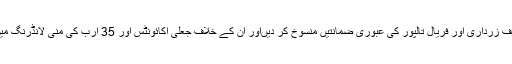
٭ اوپر والی بات کا ہی تسلسل: کراچی کی بینکنگ عدالت نے آصف زرداری اور فریال تالپور کی عبوری ضمانتیں منسوخ کر دیںاور ان کے خلاف جعلی اکائونٹس اور 35 ارب کی منی لانڈرنگ میں شراکت کے کیس اسلام آباد کی عدالت میں منتقل کر دیئے ہیں۔